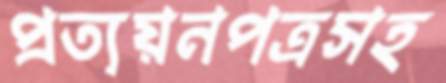
প্রত্যয়নপত্রসহ